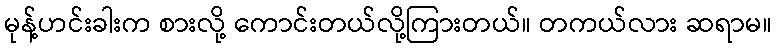
မုန့်ဟင်းခါးက စားလို့ ကောင်းတယ်လို့ကြားတယ်။ တကယ်လား ဆရာမ။